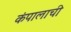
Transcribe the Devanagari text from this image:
कंपालाची